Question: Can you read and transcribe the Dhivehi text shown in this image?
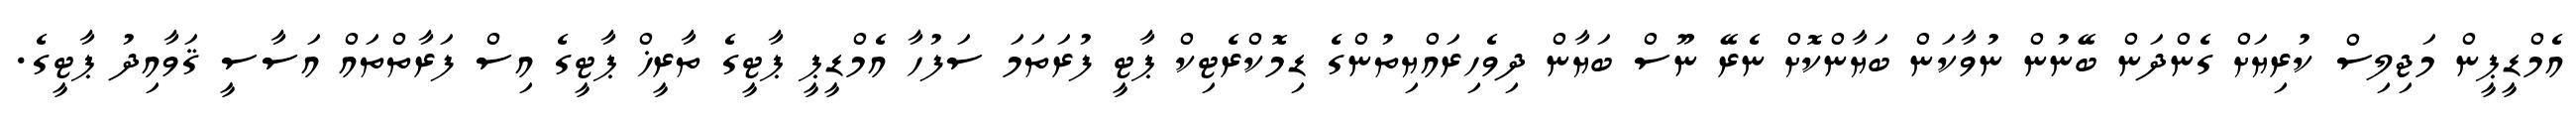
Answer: އެމްޑީޕީން މަޖިލިސް ކުރިޔަށް ގެންދަން ބޭނުން ނުވާކަން ބަޔާންކޮށް ނެރޭ ނޫސް ބަޔާން ދިވެހިރައްޔިތުންގެ ޑިމޮކްރެޓިކް ޕާޓީ ފުރަތަމަ ސަފުހާ އެމްޑީޕީ ޕާޓީގެ ތާރީޚް ޕާޓީގެ އިސް ފަރާތްތައް އަސާސީ ޤަވާއިދު ޕާޓީގެ.